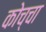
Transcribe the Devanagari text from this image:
कोच्चा